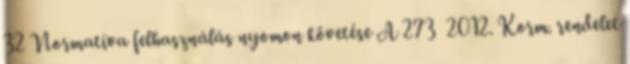
32 Normatíva felhasználás nyomon követése A 273 2012. Korm. rendelet